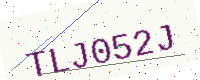
Text: TLJ052J